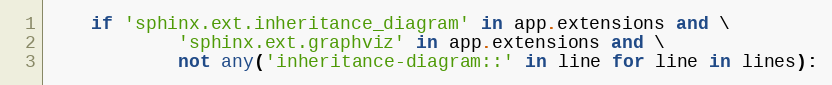
Language: Python
    if 'sphinx.ext.inheritance_diagram' in app.extensions and \
            'sphinx.ext.graphviz' in app.extensions and \
            not any('inheritance-diagram::' in line for line in lines):